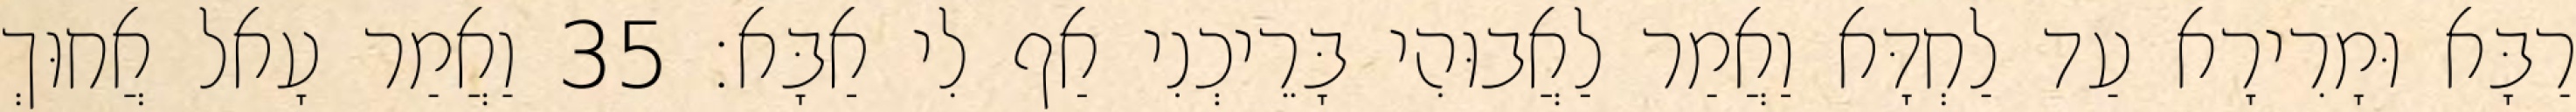
רַבָּא וּמָרִירָא עַד לַחְדָּא וַאֲמַר לַאֲבוּהִי בָּרֵיכְנִי אַף לִי אַבָּא׃ 35 וַאֲמַר עָאל אֲחוּךְ